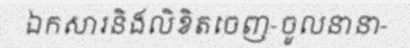
ឯកសារនិងលិខិតចេញ-ចូលនានា-